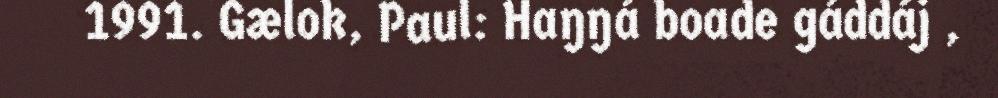
1991. Gælok, Paul: Haŋŋá boade gáddáj ,